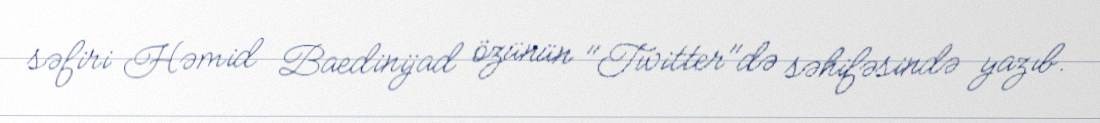
səfiri Həmid Baedinijad özünün "Twitter"də səhifəsində yazıb.